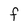
Character: F